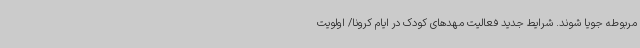
مربوطه جویا شوند. شرایط جدید فعالیت مهدهای کودک در ایام کرونا/ اولویت